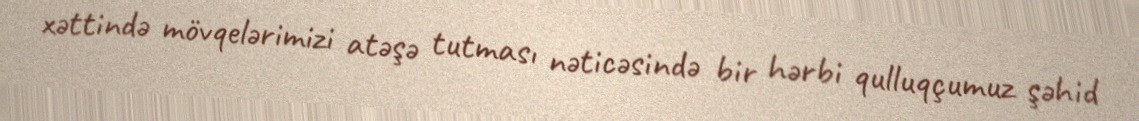
xəttində mövqelərimizi atəşə tutması nəticəsində bir hərbi qulluqçumuz şəhid